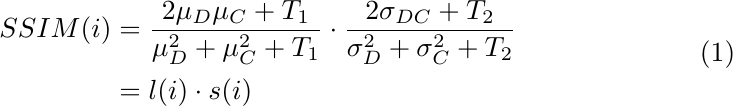
\begin{equation}
\setlength\abovedisplayskip{0pt}%shrink space
\setlength\belowdisplayskip{0pt}
\begin{split}
   SSIM(i)&= \frac{2\mu_D\mu_C+T_1}{\mu_D^2+\mu_C^2+T_1}\cdot\frac{2\sigma_{DC}+T_2}{\sigma_D^2+\sigma_C^2+T_2}\\
  &=l(i)\cdot s(i)
  \label{eq:SSIM}
\end{split}
\end{equation}